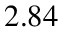
2 . 8 4